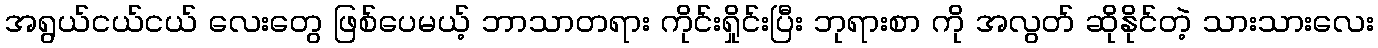
အရွယ်ငယ်ငယ် လေးတွေ ဖြစ်ပေမယ့် ဘာသာတရား ကိုင်းရှိုင်းပြီး ဘုရားစာ ကို အလွတ် ဆိုနိုင်တဲ့ သားသားလေး